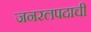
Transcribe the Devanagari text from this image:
जनरलपदाची